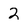
Character: 2